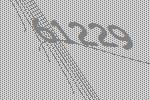
61229